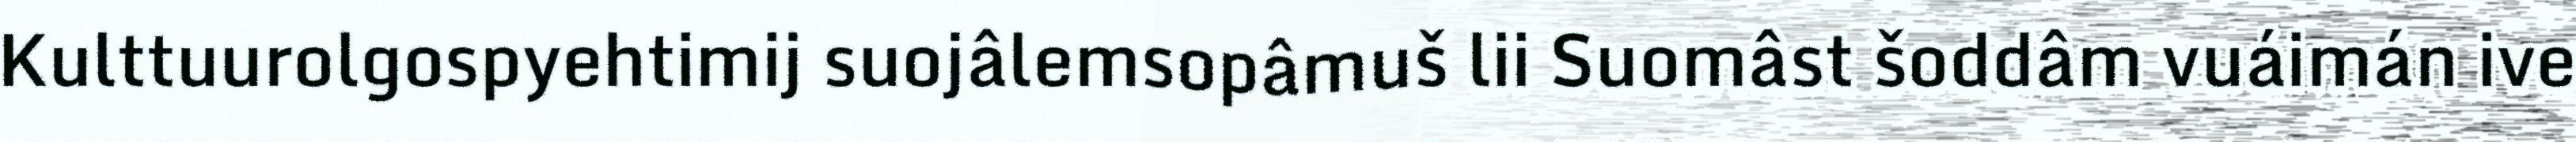
Kulttuurolgospyehtimij suojâlemsopâmuš lii Suomâst šoddâm vuáimán ive